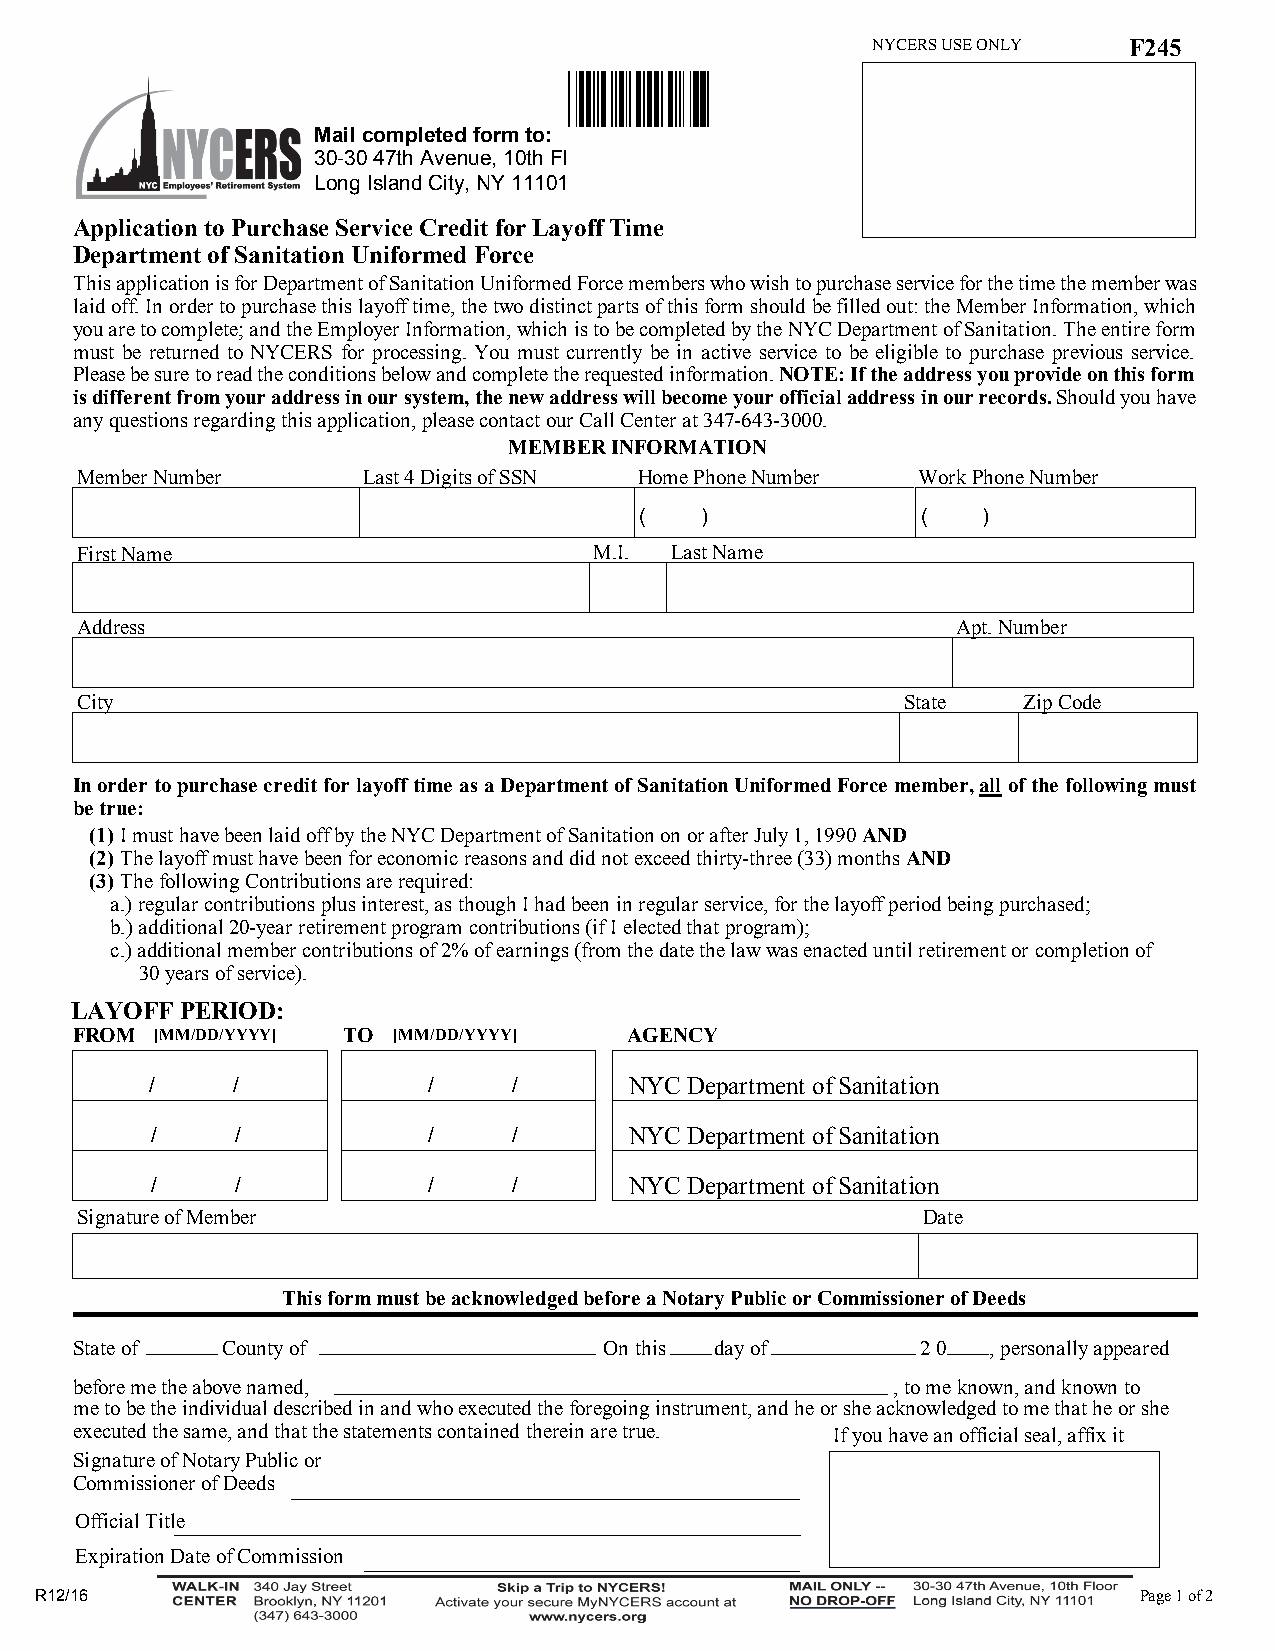
NYCERS USE ONLY  F245
 *245*
 Mail completed form to:
 30-30 47th Avenue, 10th Fl
 Long Island City, NY 11101
 Application to Purchase Service Credit for Layoff Time
 Department of Sanitation Uniformed Force
 This application is for Department of Sanitation Uniformed Force members who wish to purchase service for the time the member was
 laid off. In order to purchase this layoff time, the two distinct parts of this form should be filled out: the Member Information, which
 you are to complete; and the Employer Information, which is to be completed by the NYC Department of Sanitation. The entire form
 must be returned to NYCERS for processing. You must currently be in active service to be eligible to purchase previous service.
 Please be sure to read the conditions below and complete the requested information. NOTE: If the address you provide on this form
 is different from your address in our system, the new address will become your official address in our records. Should you have
 any questions regarding this application, please contact our Call Center at 347-643-3000.
 MEMBER INFORMATION
 Member Number      Last 4 Digits of SSN Home Phone Number Work Phone Number
 (   )              (   )
 First Name                        M.I. Last Name
 Address                                                   Apt. Number
 City                                                   State   Zip Code
 In order to purchase credit for layoff time as a Department of Sanitation Uniformed Force member, all of the following must
 be true:
 (1) I must have been laid off by the NYC Department of Sanitation on or after July 1, 1990 AND
 (2) The layoff must have been for economic reasons and did not exceed thirty-three (33) months AND
 (3) The following Contributions are required:
 a.) regular contributions plus interest, as though I had been in regular service, for the layoff period being purchased;
 b.) additional 20-year retirement program contributions (if I e lected that program);
 c.) additional member contributions of 2% of earnings (from the date the law was enacted until retirement or completion of
 30 years of service).
 LAYOFF PERIOD:
 FROM [MM/DD/YYYY] TO [MM/DD/YYYY]    AGENCY
 /    /            /     /       NYC Department of Sanitation
 /     /           /     /       NYC Department of Sanitation
 /     /           /     /       NYC Department of Sanitation
 Signature of Member                                     Date
 This form must be acknowledged before a Notary Public or Commissioner of Deeds
 State of  County of                On this day of       2 0  , personally appeared
 before me the above named,                            , to me known, and known to
 me to be the individual described in and who executed the foregoing instrument, and he or she acknowledged to me that he or she
 executed the same, and that the statements contained therein are true. If you have an official seal, affix it
 Signature of Notary Public or
 Commissioner of Deeds
 Official Title
 Expiration Date of Commission
 R12/16                                                                   Page 1 of 2